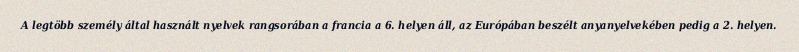
A legtöbb személy által használt nyelvek rangsorában a francia a 6. helyen áll, az Európában beszélt anyanyelvekében pedig a 2. helyen.